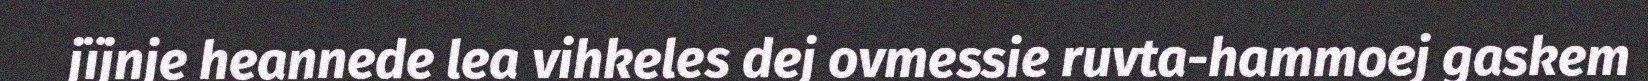
jïjnje heannede lea vihkeles dej ovmessie ruvta-hammoej gaskem